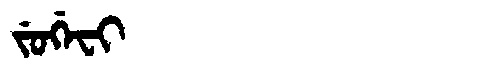
Manchu: ᠵᡠᡤᡝᠸᡳ
Romanization: JUGEFI